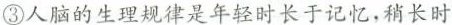
③人脑的生理规律是年轻时长于记忆，稍长时